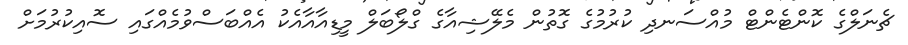
ޗެނަލްގެ ކޮންޓެންޓް މުއްސަނދި ކުރުމުގެ ގޮތުން މެލޭޝިއާގެ ގްލޯބަލް މީޑިއާއާއެކު އެއްބަސްވުމެއްގައި ސޮއިކުރުމަށް